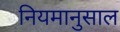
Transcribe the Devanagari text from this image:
नियमानुसाल